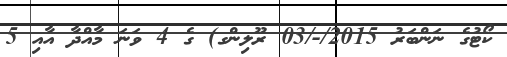
ކޯޓުގެ ނަންބަރު 2015/-/03 ރޫލިންގ) ގެ 4 ވަނަ މާއްދާ އާއި 5